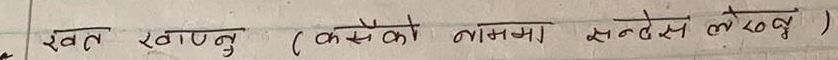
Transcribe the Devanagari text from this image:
स्वत खाग्नु (कसैको नाममा सन्तेस लेख्नु)